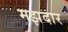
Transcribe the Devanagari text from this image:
मझदार